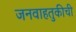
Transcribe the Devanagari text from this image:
जनवाहतुकीची